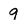
Character: 9